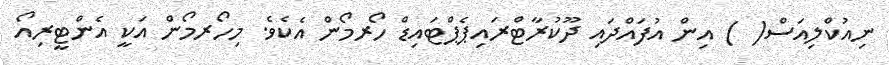
ނިއުކްލިއަސް( ) އިން އުފައްދައި ދޫކުރާޓްރައިޕެޕްޓައިޑް ހޯރމޯން އެކެވެ. މިހޯރމޯން އަކީ އެންޓީރިއޯ